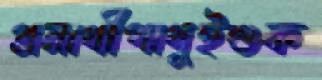
প্রমাথীপাথুইশুক